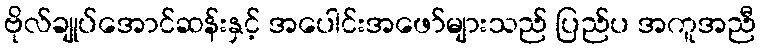
ဗိုလ်ချုပ်အောင်ဆန်းနှင့် အပေါင်းအဖော်များသည် ပြည်ပ အကူအညီ